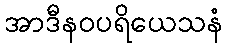
အာဒီနဝပရိယေသနံ